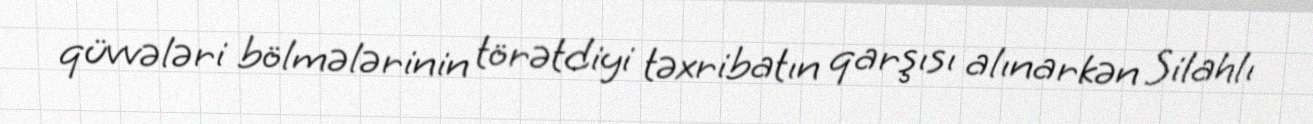
qüvvələri bölmələrinin törətdiyi təxribatın qarşısı alınarkən Silahlı